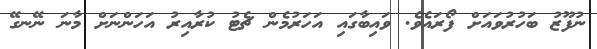
ނުފޫޒު ބަހުރުވައަށް ފޯރައެވެ. ވައިބާގައި އަހަރުމެން ޗެޓު ކުރާއިރު އަހަންނަށް މާނަ ނޭނގޭ